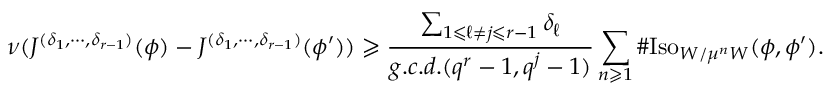
\nu ( J ^ { ( \delta _ { 1 } , \cdots , \delta _ { r - 1 } ) } ( \phi ) - J ^ { ( \delta _ { 1 } , \cdots , \delta _ { r - 1 } ) } ( \phi ^ { \prime } ) ) \geqslant \frac { \sum _ { 1 \leqslant \ell \neq j \leqslant r - 1 } \delta _ { \ell } } { g . c . d . ( q ^ { r } - 1 , q ^ { j } - 1 ) } \sum _ { n \geqslant 1 } \# \mathrm { I s o } _ { W / \mu ^ { n } W } ( \phi , \phi ^ { \prime } ) .